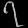
Digit: ၇